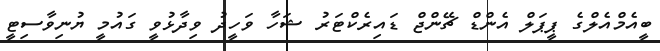
ބީއެމްއެލްގެ ޕީޕަލް އެންޑް ޗޭންޖް ޑައިރެކްޓަރު ޝަހާ ވަހީދު ވިދާޅުވީ ގައުމީ ޔުނިވާސިޓީ